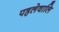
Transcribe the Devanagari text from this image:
पहलेवालि